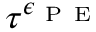
\tau ^ { \epsilon _ { \mathrm { ~ P ~ E ~ } } }